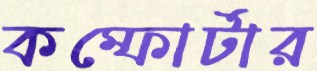
কম্ফোর্টার